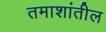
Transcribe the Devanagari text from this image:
तमाशांतील